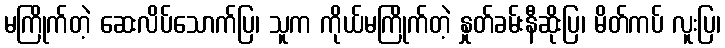
မကြိုက်တဲ့ ဆေးလိပ်သောက်ပြ၊ သူက ကိုယ်မကြိုက်တဲ့ နှုတ်ခမ်းနီဆိုးပြ၊ မိတ်ကပ် လူးပြ၊